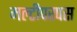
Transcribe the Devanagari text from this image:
मल्टीपरपस